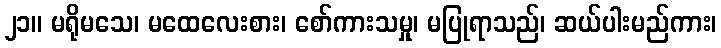
၂၁။ မရိုမသေ၊ မထေလေးစား၊ စော်ကားသမှု၊ မပြုရာသည်၊ ဆယ်ပါးမည်ကား၊